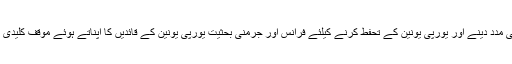
لیکن یہاں دوسروں کی مدد دینے اور یورپی یونین کے تحفط کرنے کیلئے فرانس اور جرمنی بحثیت یورپی یونین کے قائدیں کا اپناتے ہوئے موقف کلیدی کردار ادا کر رہا ہے۔